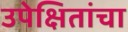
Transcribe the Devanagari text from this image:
उपेक्षितांचा